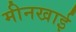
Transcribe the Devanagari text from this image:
मीनखाई